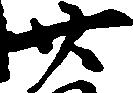
廿